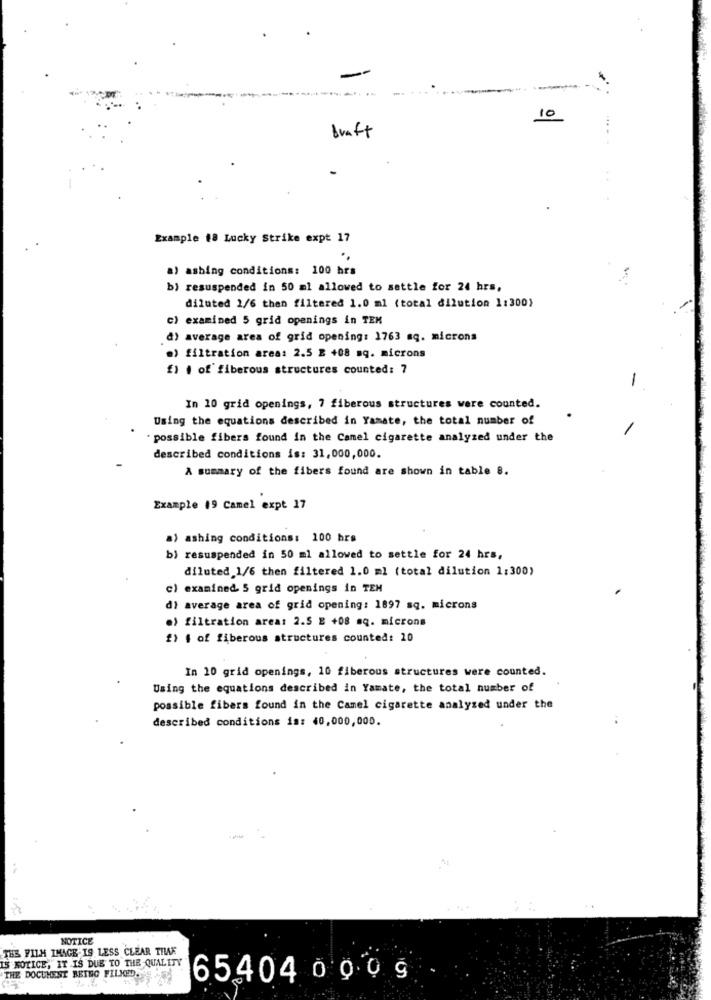
10
braft
Example #8 Lucky Strike expt 17
a) asbing conditions: 100 hrs
b) resuspended in 50 al allowed to settle for 24 hrs,
diluted 1/6 then filtered 1.0 ml (total dilution 1:300)
c) examined 5 grid openings in TEM
d) average area of grid opening: 1763 sq. microns
.) filtration area: 2.5 E +08 aq. microns
£1 i of' fiberous structures counted: 7
-
In 10 grid openings, 7 fiberous structures were counted.
Using the equations described in Yamate, the total number of
. possible fibers found in the Camel cigarette analyzed under the
described conditions is: 31,000,000.
A summary of the fibers found are shown in table 8.
Example 19 Camel expt 17
a) ashing conditions: 100 hrs
b) resuspended in 50 ml allowed to settle for 24 hrs,
diluted 1/6 then filtered 1.0 ml (total dilution 1:300)
c) examined. 5 grid openings in TEM
di average area of grid opening: 1897 sq. microns
e) filtration area: 2.5 E +08 aq. microns
2) 1 of fiberous structures counted: 10
In 10 grid openings, 10 fiberous structures were counted.
Using the equations described in Yamate, the total number of
possible fibers found in the Camel cigarette analyzed under the
described conditions in: 40,000,000.
NOTICE
THE FILM IMAGE IS LESS CLEAR THAK
IS NOTICE, IT IS DUE TO THE QUALITY
THE DOCUMENT BETEG FILMED ..
65404 0 0 0 g